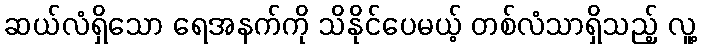
ဆယ်လံရှိသော ရေအနက်ကို သိနိုင်ပေမယ့် တစ်လံသာရှိသည့် လူ့